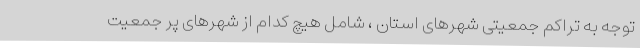
توجه به تراکم جمعیتی شهرهای استان ، شامل هیچ کدام از شهرهای پر جمعیت